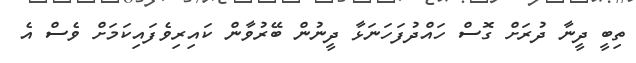
ތިބީ ދީނާ ދުރަށް ގޮސް ހައްދުފަހަނަޅާ ދީނުން ބޭރުވާން ކައިރިވެފައިކަމަށް ވެސް އެ